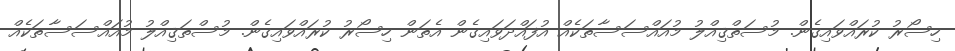
ހިސޯރު ކުރައްވައިގެން. މުސަތްޤިއްލު މުއައްސަސާތަކެއް އުފައްދަވައިގެން އެތަން ހިސޯރު ކުރައްވައިގެން. މުސްތަޤިއްލު މުއައްސަސާތަކެއް